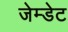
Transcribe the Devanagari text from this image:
जेम्डेट